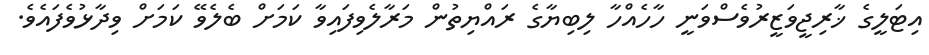
އިޓަލީގެ ޚާރިޖީވަޒީރުވެސްވަނީ ހާހެއްހާ ލިބިޔާގެ ރައްޔިތުން މަރާލެވިފައިވާ ކަމަށް ބެލެވޭ ކަމަށް ވިދާޅުވެފައެވެ.